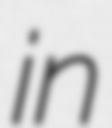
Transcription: in